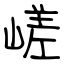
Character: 嵯